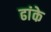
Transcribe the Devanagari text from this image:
ढांके